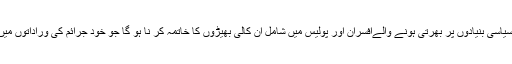
اسٹریٹ کرائمز کے خاتمے کے لئے سائنسی اور جنگی بنیادوں پر اقدامات کرتے ہو ئےسیاسی بنیادوں پر بھرتی ہونے والےافسران اور پولیس میں شامل ان کالی بھیڑوں کا خاتمہ کر نا ہو گا جو خود جرائم کی وراداتوں میں براہ راست ملوث او رمنشیات فروشوں کی معاوضے کے عوض سر پر ستی کرتی ہیں ۔